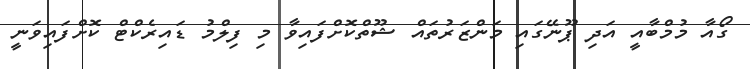
ގޯއާ މުމްބާއީ އަދި ޕޫނޭގައި މަންޒަރުތައް ޝޫތްކޮށްފައިވާ މި ފިލްމު ޑައިރެކްޓް ކޮށްފައިވަނީ